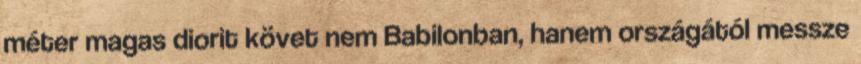
méter magas diorit követ nem Babilonban, hanem országától messze